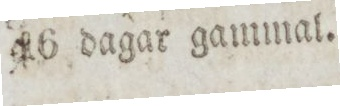
16 dagar gammal.